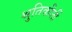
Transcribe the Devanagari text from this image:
श्रुतिकीर्ती